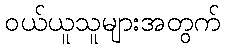
ဝယ်ယူသူများအတွက်